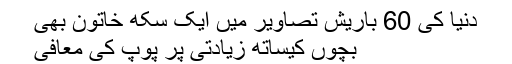
دنیا کی 60 باریش تصاویر میں ایک سکھ خاتون بھی
بچوں کیساتھ زیادتی پر پوپ کی معافی